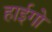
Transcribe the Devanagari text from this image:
हाईगो